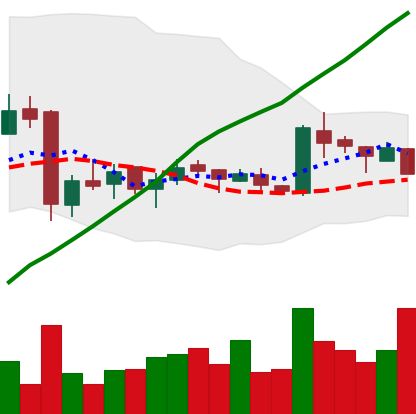
Ticker: LTC-USD
Chart end date: 2016-01-12
Forward return: -13.381%
Label: down_7plus